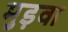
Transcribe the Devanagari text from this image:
मुड़वा